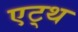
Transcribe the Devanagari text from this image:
एट्थ